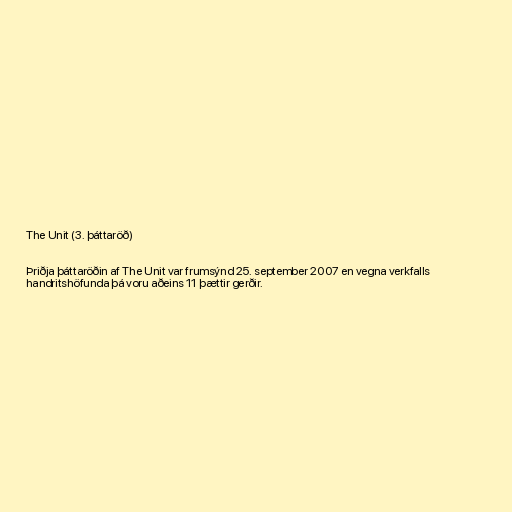
The Unit (3. þáttaröð)

Þriðja þáttaröðin af The Unit var frumsýnd 25. september 2007 en vegna verkfalls
handritshöfunda þá voru aðeins 11 þættir gerðir.